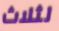
لثلاث